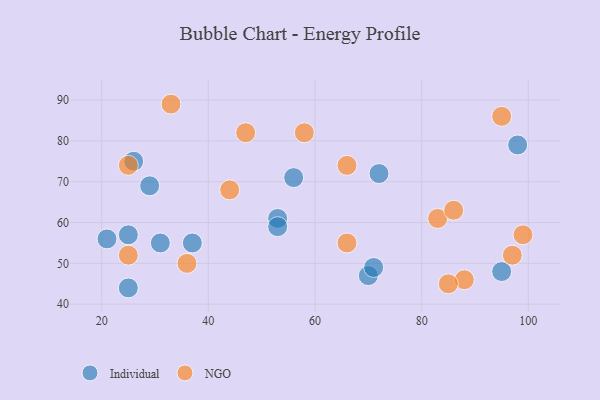
{"axis": {"x": "GDP", "y": "Life Expectancy"}, "legend": ["Individual", "NGO"], "data": [{"x": "31", "y": 55, "type": "Individual"}, {"x": "21", "y": 56, "type": "Individual"}, {"x": "70", "y": 47, "type": "Individual"}, {"x": "25", "y": 57, "type": "Individual"}, {"x": "53", "y": 61, "type": "Individual"}, {"x": "53", "y": 59, "type": "Individual"}, {"x": "98", "y": 79, "type": "Individual"}, {"x": "95", "y": 48, "type": "Individual"}, {"x": "72", "y": 72, "type": "Individual"}, {"x": "37", "y": 55, "type": "Individual"}, {"x": "25", "y": 44, "type": "Individual"}, {"x": "56", "y": 71, "type": "Individual"}, {"x": "29", "y": 69, "type": "Individual"}, {"x": "71", "y": 49, "type": "Individual"}, {"x": "26", "y": 75, "type": "Individual"}, {"x": "66", "y": 55, "type": "NGO"}, {"x": "83", "y": 61, "type": "NGO"}, {"x": "36", "y": 50, "type": "NGO"}, {"x": "44", "y": 68, "type": "NGO"}, {"x": "58", "y": 82, "type": "NGO"}, {"x": "88", "y": 46, "type": "NGO"}, {"x": "66", "y": 74, "type": "NGO"}, {"x": "85", "y": 45, "type": "NGO"}, {"x": "47", "y": 82, "type": "NGO"}, {"x": "25", "y": 52, "type": "NGO"}, {"x": "99", "y": 57, "type": "NGO"}, {"x": "86", "y": 63, "type": "NGO"}, {"x": "25", "y": 74, "type": "NGO"}, {"x": "95", "y": 86, "type": "NGO"}, {"x": "33", "y": 89, "type": "NGO"}, {"x": "97", "y": 52, "type": "NGO"}]}